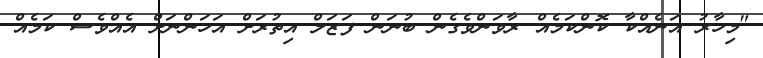
"މިހާރު އަނެއްކާ ކޮންކަމެއް ރާވަންވެގެން ބުނަން ފަޒަލް އިތުރަށް އަހަންނަށް އެއްވެސް ކަމެއް